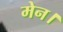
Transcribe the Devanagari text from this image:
मेन।